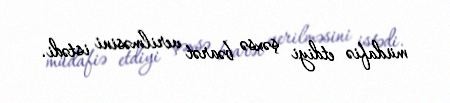
müdafiə etdiyi şəxsə bəarət verilməsini istədi.